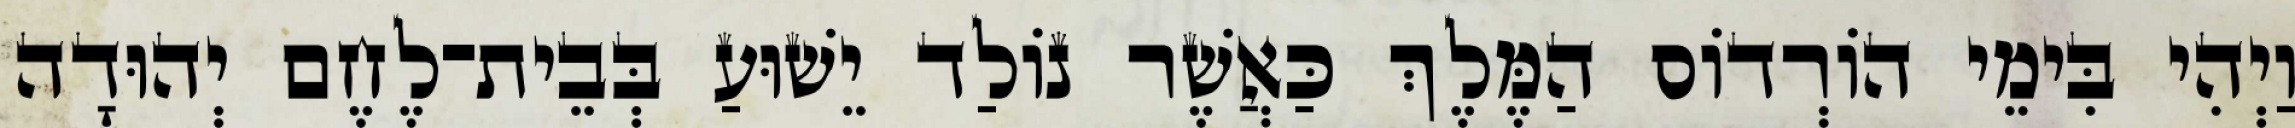
וַיְהִי בִּימֵי הוֹרְדוֹס הַמֶּלֶךְ כַּאֲשֶׁר נוֹלַד יֵשׁוּעַ בְּבֵית־לֶחֶם יְהוּדָה